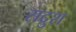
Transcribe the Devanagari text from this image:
सद्रुश